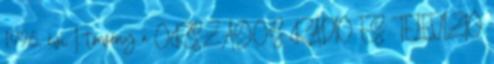
1996. évi I. törvény a ORSZÁGOS RÁDIÓ ÉS TELEVÍZIÓ